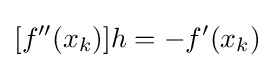
[f''(x_{k})]h=-f'(x_{k})